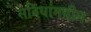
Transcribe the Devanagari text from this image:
सविधांमधील